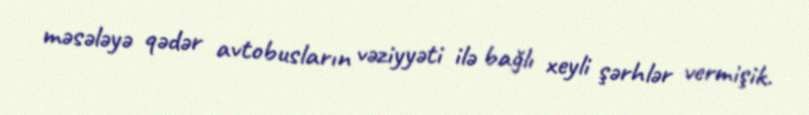
məsələyə qədər avtobusların vəziyyəti ilə bağlı xeyli şərhlər vermişik.